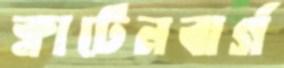
ক্লাটেনবার্গ